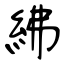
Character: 紼